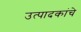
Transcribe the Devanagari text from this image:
उत्पादकांचे